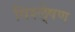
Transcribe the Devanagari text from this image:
विश्ले्षण